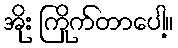
အိုး ကြိုက်တာပေါ့။